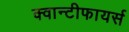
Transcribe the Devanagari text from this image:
क्वान्टीफायर्स